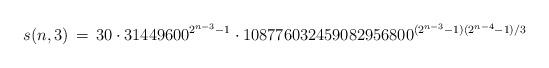
LaTeX: \begin{align*}s(n,3) \,=\, 30 \cdot 31449600^{2^{n-3}-1} \cdot 108776032459082956800^{(2^{n-3}-1)(2^{n-4}-1)/3}\end{align*}